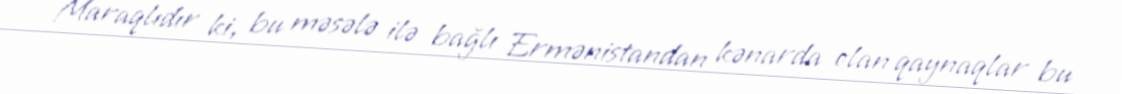
Maraqlıdır ki, bu məsələ ilə bağlı Ermənistandan kənarda olan qaynaqlar bu